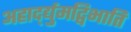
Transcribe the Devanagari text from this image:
अहार्द्द्युमद्विभाति